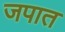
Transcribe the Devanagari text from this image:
जपात